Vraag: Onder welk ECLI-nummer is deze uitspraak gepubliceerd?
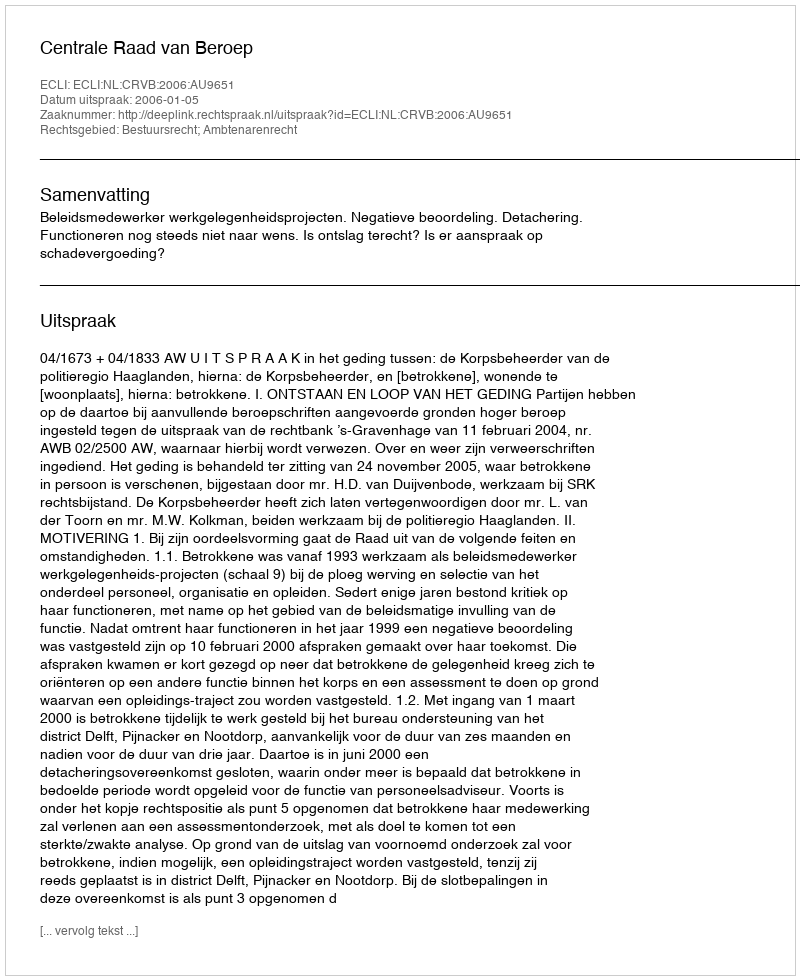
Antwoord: ECLI:NL:CRVB:2006:AU9651